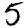
Digit: 5